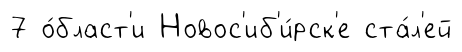
7 о́бласт'и Новос'иб'и́рск'е ста́л'ей